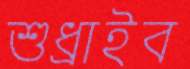
শুধ্‌রাইব